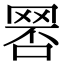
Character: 𦋑